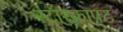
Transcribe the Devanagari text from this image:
स्टारक्राफ़्ट